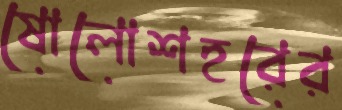
ষোলোশহরের